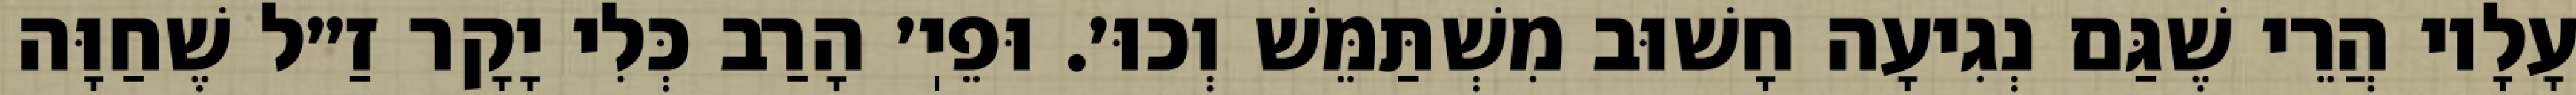
עָלָיו הֲרֵי שֶׁגַּם נְגִיעָה חָשׁוּב מִשְׁתַּמֵּשׁ וְכוּ׳. וּפֵיֽ׳ הָרַב כְּלִי יָקָר זַ״ל שֶׁחַוָּה